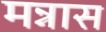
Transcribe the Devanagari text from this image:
मन्नास